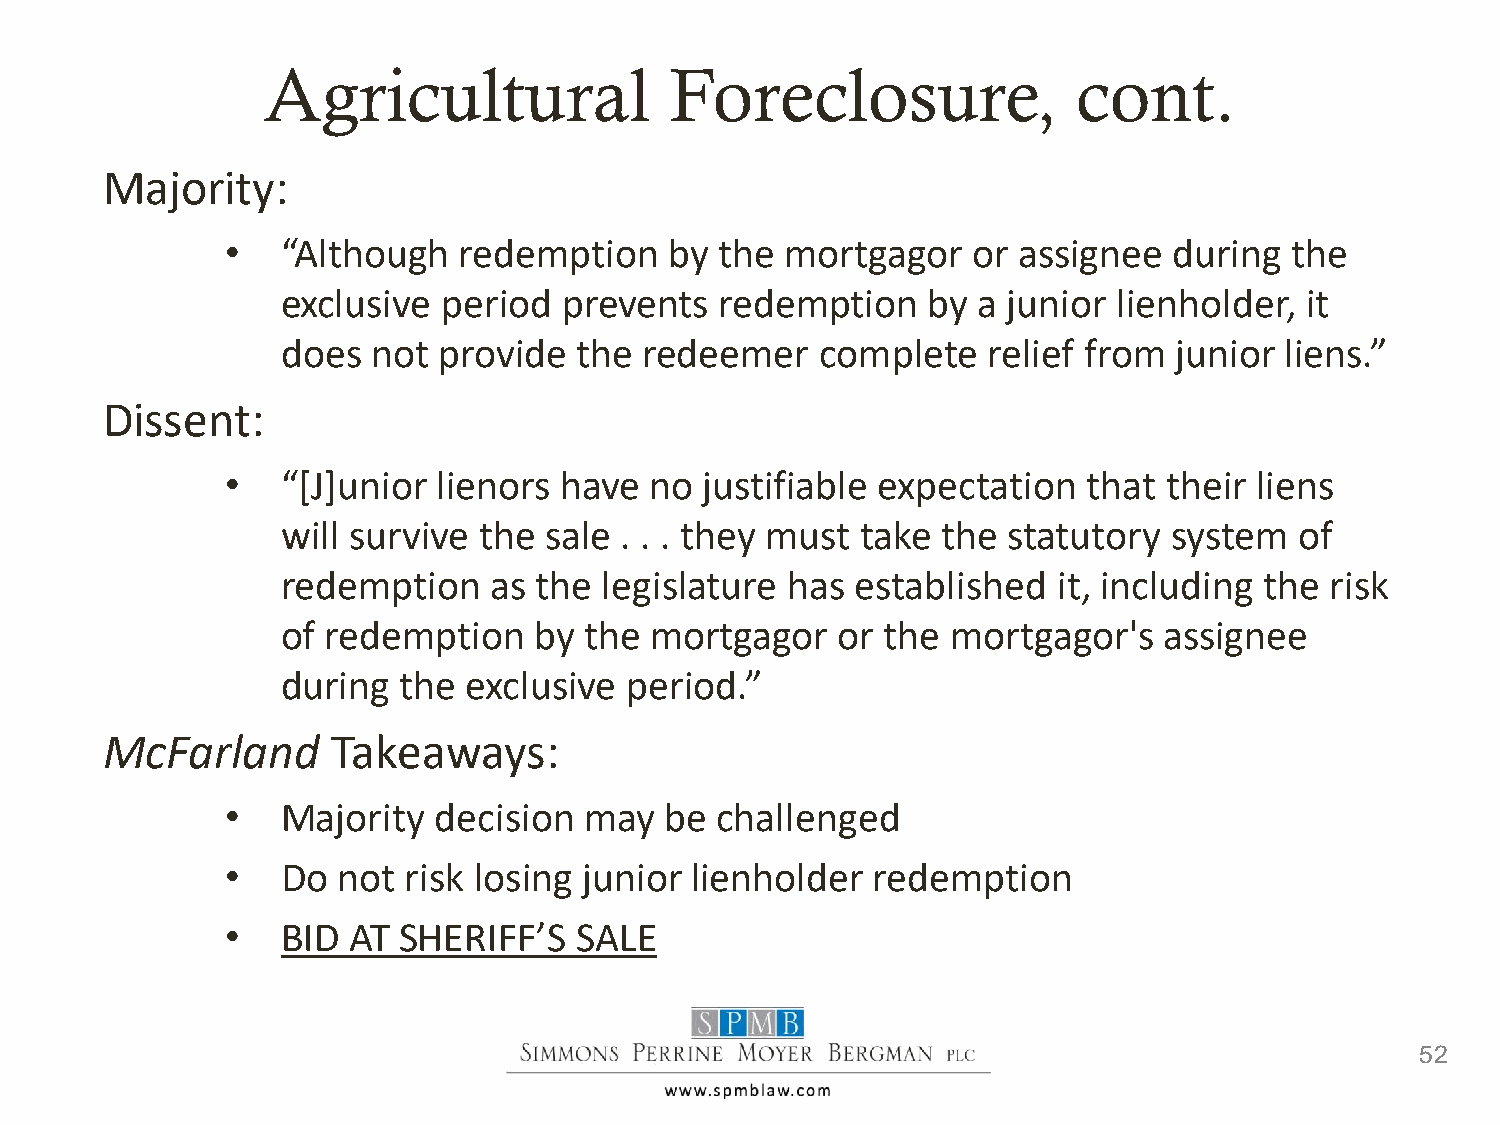
Agricultural               Foreclosure,               cont.
 Majority:
 •   “Although  redemption    by  the mortgagor   or assignee   during  the
 exclusive period  prevents   redemption   by  a junior lienholder, it
 does  not provide  the  redeemer   complete   relief from  junior liens.”
 Dissent:
 •   “[J]unior lienors have  no  justifiable expectation  that their liens
 will survive the sale . . . they must take the  statutory  system  of
 redemption   as the  legislature has  established  it, including the risk
 of redemption   by  the mortgagor   or  the mortgagor's   assignee
 during the  exclusive period.”
 McFarland      Takeaways:
 •   Majority  decision  may  be challenged
 •   Do not  risk losing junior lienholder  redemption
 •   BID AT SHERIFF’S   SALE
 52